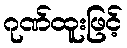
ဂုဏ်ထူးဖြင့်